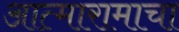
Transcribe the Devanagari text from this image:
आत्मारामाचा